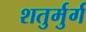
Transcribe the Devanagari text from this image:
शतुर्मुर्ग